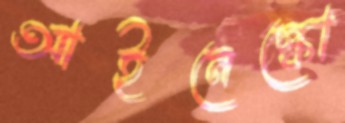
আইনেস্কো